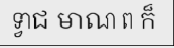
ទ្វាជ មាណ ព ក៏